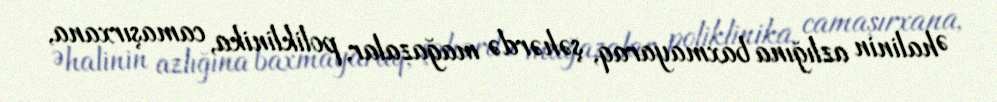
Əhalinin azlığına baxmayaraq, şəhərdə mağazalar, poliklinika, camaşırxana,